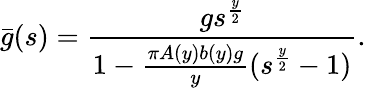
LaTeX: \bar{g}(s)=\frac{gs^{\frac{y}{2}}}{1-\frac{\pi A(y)b(y)g}{y}(s^{\frac{y}{2}}-1)}.